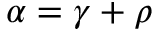
\alpha = \gamma + \rho